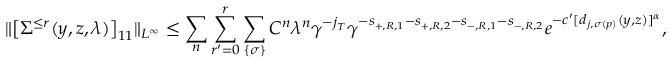
\Vert \big [ \Sigma ^ { \le r } ( y , z , \lambda ) \big ] _ { 1 1 } \Vert _ { L ^ { \infty } } \le \sum _ { n } \sum _ { r ^ { \prime } = 0 } ^ { r } \sum _ { \{ \sigma \} } C ^ { n } \lambda ^ { n } \gamma ^ { - j _ { { \cal T } } } \gamma ^ { - s _ { + , R , 1 } - s _ { + , R , 2 } - s _ { - , R , 1 } - s _ { - , R , 2 } } e ^ { - c ^ { \prime } [ d _ { j , \sigma ( p ) } ( y , z ) ] ^ { \alpha } } ,